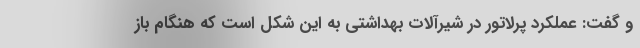
و گفت: عملکرد پرلاتور در شیرآلات بهداشتی به این شکل است که هنگام باز